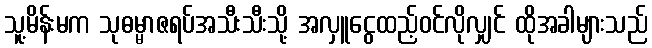
သူ့မိန်းမက သုဓမ္မာဇရပ်အသီးသီးသို့ အလှူငွေထည့်ဝင်လိုလျှင် ထိုအခါများသည်